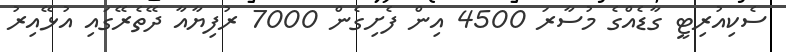
ސެކިއުރިޓީ ގާޑެއްގެ މުސާރަ 4500 އިން ފެށިގެން 7000 ރުފިޔާއާ ދޭތެރޭގައި އުޅޭއިރު